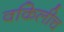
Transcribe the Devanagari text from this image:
वकिलीच